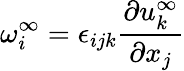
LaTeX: \omega_{i}^{\infty}=\epsilon_{ijk}\frac{\partial u_{k}^{\infty}}{\partial x_{j}}